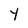
Character: Y